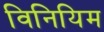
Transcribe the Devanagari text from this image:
विनियिम